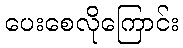
ပေးစေလိုကြောင်း